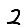
Digit: 2